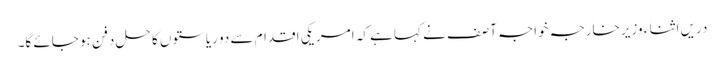
دریں اثنا ء وزیر خارجہ خواجہ آصف نے کہا ہے کہ امریکی اقدام سے دو ریاستوں کا حل دفن ہو جائے گا۔